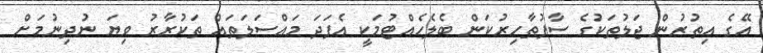
އޭގެ އިތުރުން ޖަލުތަކުގެ ސާފުތާހިރުކަން ބެލެހެއްޓުމަކީ އެފަދަ މައްސަލަތައް ތަކުރާރު ވިޔަ ނުދިނުމަށް